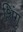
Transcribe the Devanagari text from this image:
शिंगु